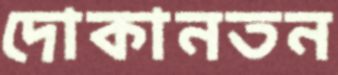
দোকানতন